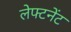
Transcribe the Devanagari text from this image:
लेफ्टनेंट